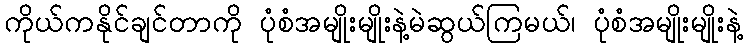
ကိုယ်ကနိုင်ချင်တာကို ပုံစံအမျိုးမျိုးနဲ့မဲဆွယ်ကြမယ်၊ ပုံစံအမျိုးမျိုးနဲ့